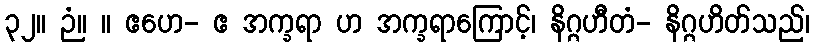
၃၂။ ဉံ။ ။ ဧဟေ- ဧ အက္ခရာ ဟ အက္ခရာကြောင့်၊ နိဂ္ဂဟီတံ- နိဂ္ဂဟိတ်သည်၊